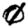
Digit: 0